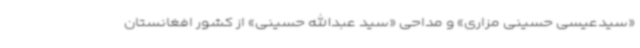
«سیدعیسی حسینی مزاری» و مداحی «سید عبدالله حسینی» از کشور افغانستان